Leaving Certificate Examination (including Day School Certificate (Higher) General paper), 1927
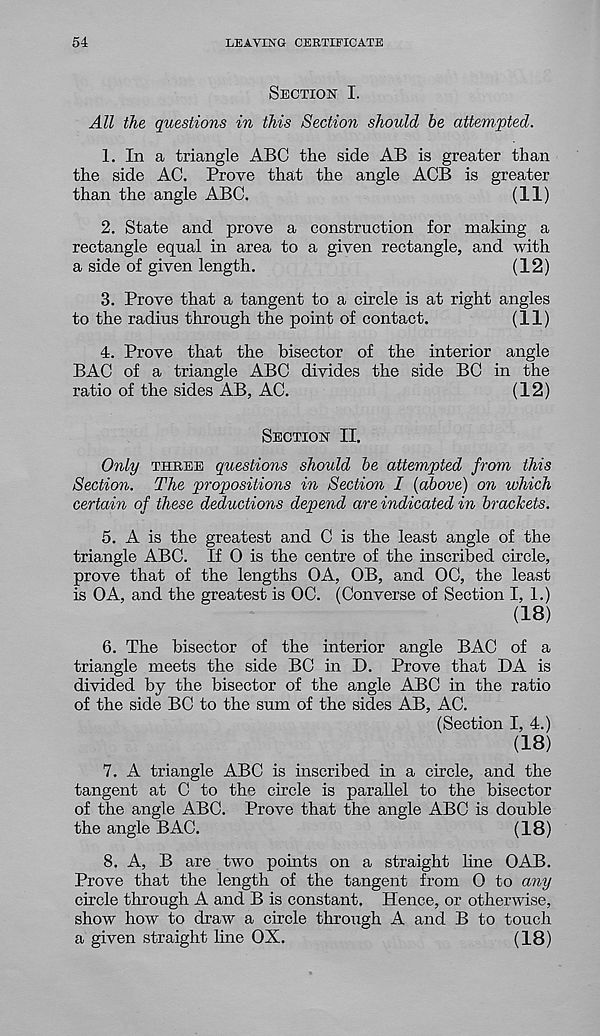
54
LEAVING CERTIFICATE
Section I.
All the questions in this Section should be attempted.
1. In a triangle ABC the side AB is greater than
the side AC. Prove that the angle ACB is greater
than the angle ABC.
(11)
2. State and prove a construction for making a
rectangle equal in area to a given rectangle, and with
a side of given length.
(12)
3. Prove that a tangent to a circle is at right angles
to the radius through the point of contact.
(11)
4. Prove that the bisector of the interior angle
BAC of a triangle ABC divides the side BC in the
ratio of the sides AB, AC.
(12)
Section II.
Only three questions should be attempted from this
Section. The propositions in Section I {above) on which
certain of these deductions depend are indicated in brackets.
5. A is the greatest and C is the least angle of the
triangle ABC. If 0 is the centre of the inscribed circle,
prove that of the lengths OA, OB, and OC, the least
is OA, and the greatest is OC. (Converse of Section I, 1.)
(18)
6. The bisector of the interior angle BAC of a
triangle meets the side BC in D. Prove that DA is
divided by the bisector of the angle ABC in the ratio
of the side BC to the sum of the sides AB, AC.
(Section I, 4.)
(18)
7. A triangle ABC is inscribed in a circle, and the
tangent at C to the circle is parallel to the bisector
of the angle ABC. Prove that the angle ABC is double
the angle BAC.
(18)
8. A, B are two points on a straight line OAB.
Prove that the length of the tangent from 0 to any
circle through A and B is constant. Hence, or otherwise,
show how to draw a circle through A and B to touch
a given straight line OX.
(18)